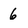
Character: 6